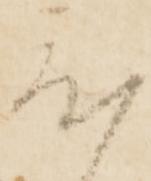
度